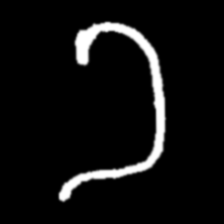
Pyu character \u2014 Myanmar letter: ခ (romanized: kha)